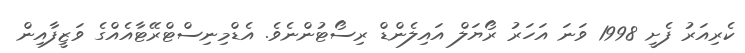
ކެރިއަރު ފެށީ 1998 ވަނަ އަހަރު ރޯޔަލް އައިލެންޑް ރިސޯޓުންނެވެ. އެޑްމިނިސްޓްރޭޓާއެއްގެ ވަޒީފާއިން